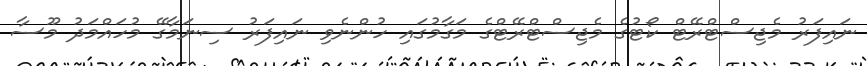
ނައިފަރު މެޖިސްޓްރޭޓް ކޯޓުގެ މެޖިސްޓްރޭޓްގެ މަގާމުގައި ހުންނެވި ނައިފަރު ސިނަމާގޭ މުހައްމަދު މޫސާ